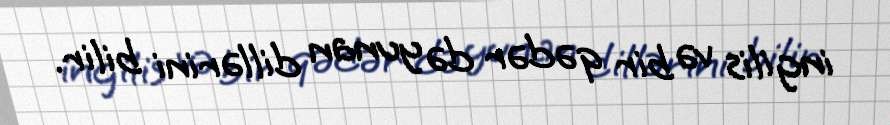
ingilis və bir qədər də yunan dillərini bilir.